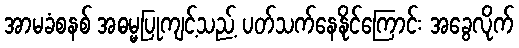
အာမခံစနစ် အဓမ္မပြုကျင့်သည့် ပတ်သက်နေနိုင်ကြောင်း အခွေလိုက်